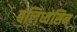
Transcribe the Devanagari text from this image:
बलिध्वंसिन्